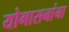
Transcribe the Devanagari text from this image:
योगासनांना